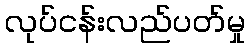
လုပ်ငန်းလည်ပတ်မှု